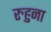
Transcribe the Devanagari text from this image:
रुहुना